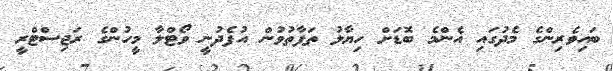
ބައިވެރިންގެ މެދުގައި އެންމެ ބޮޑަށް ހިޔާލު ތަފާތުވުން އުފެދުނީ ވޯޓްލާ މީހުންގެ ރަޖިސްޓްރީ